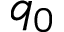
q _ { 0 }